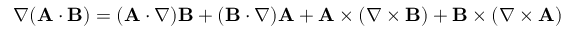
\nabla ( \mathbf { A } \cdot \mathbf { B } ) = ( \mathbf { A } \cdot \nabla ) \mathbf { B } + ( \mathbf { B } \cdot \nabla ) \mathbf { A } + \mathbf { A } \times ( \nabla \times \mathbf { B } ) + \mathbf { B } \times ( \nabla \times \mathbf { A } )